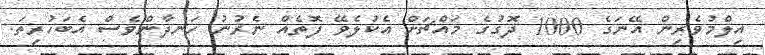
އިލްމުވެރިން އޭނަގެ 1000 ދޮގުގެ މައްޗަށް އެކުލެވޭ ފޮތެއް ނެރުނު ހަނދާންވެސް އެބަހުރިތަ.